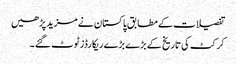
تفصیلات کے مطابق پاکستان نے مزید پڑھیں
کرکٹ کی تاریخ کے بڑے بڑے ریکارڈز ٹوٹ گئے ۔